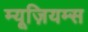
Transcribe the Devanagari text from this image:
म्यूज़ियम्स